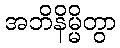
အဘိနိမ္မိတွာ